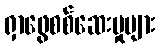
ရှာဖွေစစ်ဆေးမှုများ